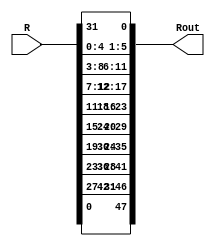
module Eblock(
    input [0:31] R,
    output [0:47] Rout
	 //, input CLK
    );
assign Rout = {R[31], R[0], R[1], R[2], R[3], R[4], R[3], R[4], R[5], R[6], R[7], R[8], R[7], R[8], R[9], R[10], R[11], R[12], R[11], R[12], R[13], R[14], R[15], R[16], R[15], R[16], R[17], R[18], R[19], R[20], R[19], R[20], R[21], R[22], R[23], R[24], R[23], R[24], R[25], R[26], R[27], R[28], R[27], R[28], R[29], R[30], R[31], R[0]};

endmodule